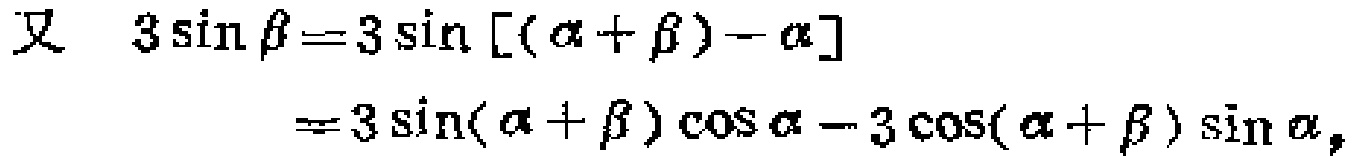
\[
\begin{align*}
\text{又}\quad 3\sin\beta&=3\sin[(\alpha + \beta)-\alpha]\\
&=3\sin(\alpha + \beta)\cos\alpha-3\cos(\alpha + \beta)\sin\alpha,
\end{align*}
\]